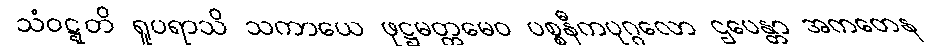
သံဝဋ္ဋတိ ရူပရာသိ သကာယေ ဖုဋ္ဌမတ္တမေဝ ပစ္စနီကပုဂ္ဂလော ဌပေန္တာ အကတေန